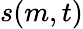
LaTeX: s(m,t)